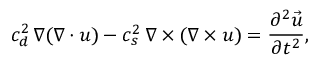
c _ { d } ^ { 2 } \, \nabla ( \nabla \cdot \boldsymbol { u } ) - c _ { s } ^ { 2 } \, \nabla \times ( \nabla \times \boldsymbol { u } ) = \frac { \partial ^ { 2 } \vec { u } } { \partial t ^ { 2 } } ,